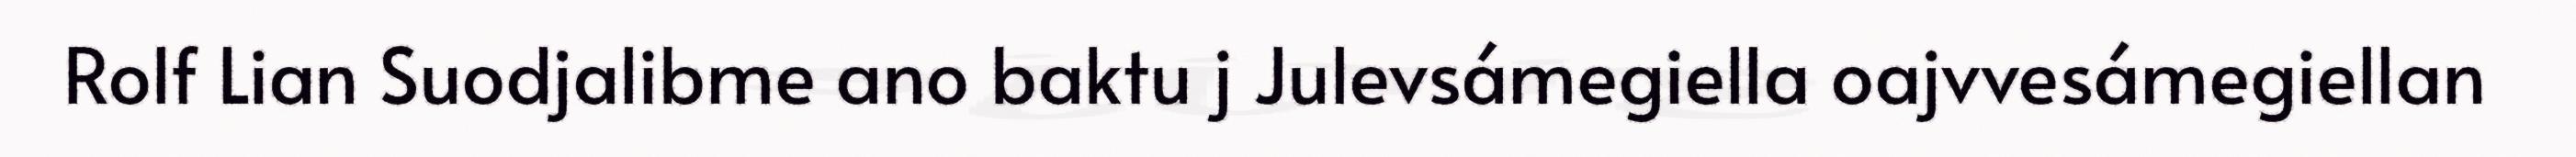
Rolf Lian Suodjalibme ano baktu j Julevsámegiella oajvvesámegiellan